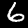
Label: 6